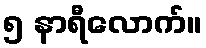
၅ နာရီလောက်။